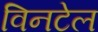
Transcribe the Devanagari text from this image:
विनटेल